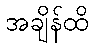
အချိန်ထိ